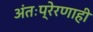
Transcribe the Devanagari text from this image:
अंतःप्रेरणाही